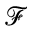
\mathcal { F }